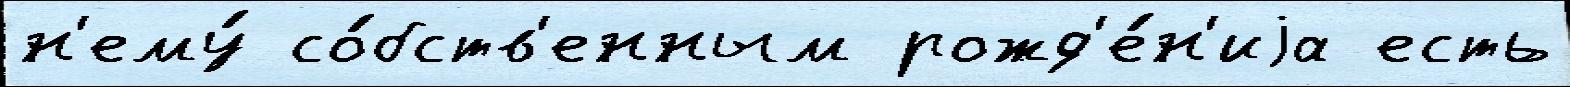
н'ему́ со́бств'енным рожд'е́н'иjа есть